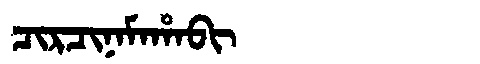
Manchu: ᠴᡳᡵᠴᡳᠨᠠᠮᠠᡥᠠᠪᡳ
Romanization: CIRCINAMAHABI